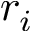
r _ { i }